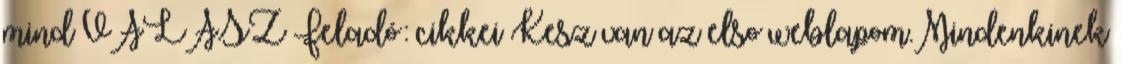
mind VÁLASZ Feladó: cikkei Kesz van az elso weblapom.Mindenkinek